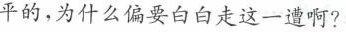
平的，为什么偏要白白走这一遭啊?